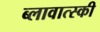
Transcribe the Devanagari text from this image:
ब्लावात्स्की